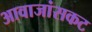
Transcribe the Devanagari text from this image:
आवाजांसकट